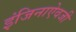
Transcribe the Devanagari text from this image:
इंजिनाऐवजी